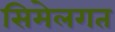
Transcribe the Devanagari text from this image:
सिमेलगत